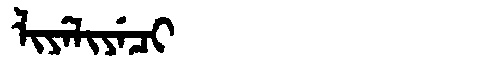
Manchu: ᠯᡳᠶᡝᠯᡳᠶᡝᠴᡳ
Romanization: LIYELIYECI